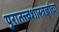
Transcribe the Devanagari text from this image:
पुरातत्त्वशास्त्रज्ञांचा